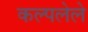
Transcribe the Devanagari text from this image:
कल्पलेले